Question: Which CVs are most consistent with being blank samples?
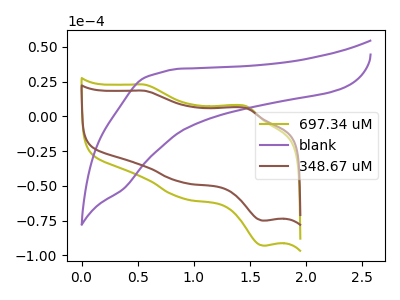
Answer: <think>The olive curve "697.34 uM" has anodic peaks at (0.55V, 22.80uA) (1.45V, 7.35uA) and cathodic peaks at (0.90V, -58.75uA) (1.65V, -93.05uA). The purple curve "blank" has no peaks. The brown curve "348.67 uM" has anodic peaks at (0.55V, 18.40uA) (1.45V, 5.95uA) and cathodic peaks at (0.90V, -47.40uA) (1.65V, -75.05uA).</think>
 <answer>"blank" is likely to be a blank.</answer>
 <eval>blank</eval>